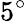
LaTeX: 5^{\circ}